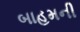
બાહમની